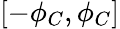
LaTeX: [-\phi_{C},\phi_{C}]